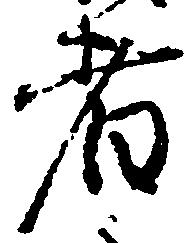
者